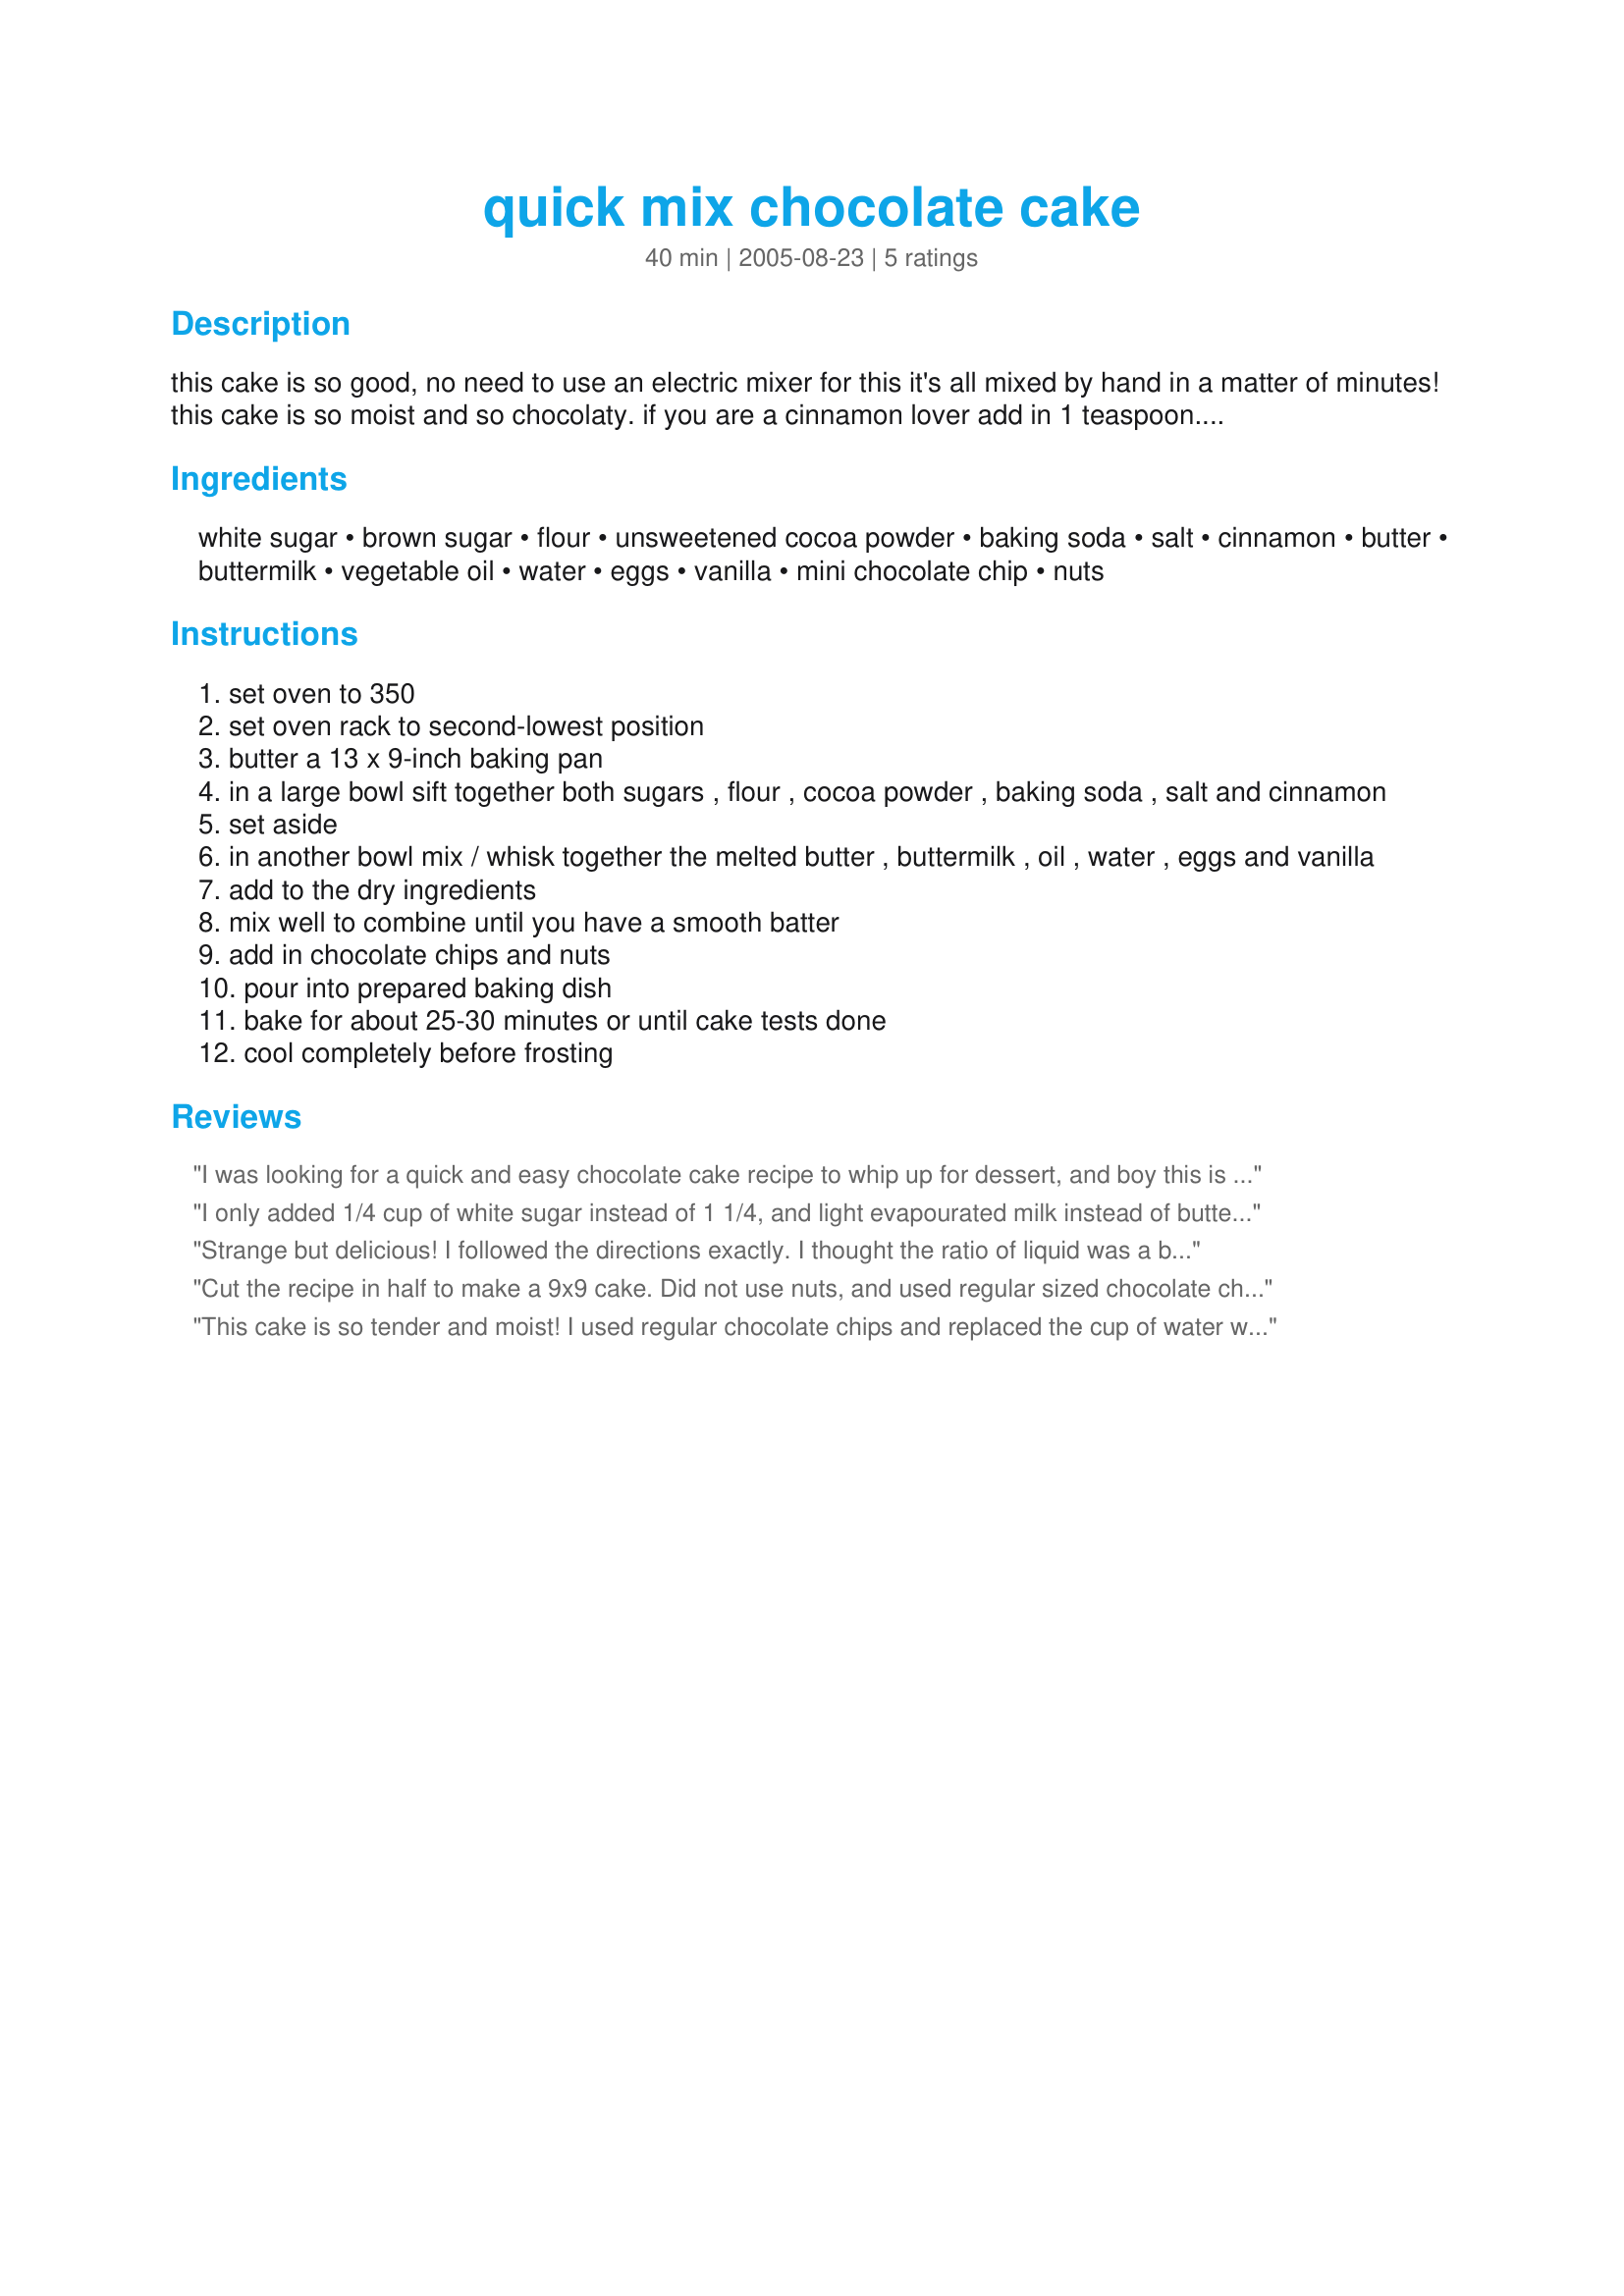
quick mix chocolate cake
Preparation time: 40 minutes

this cake is so good, no need to use an electric mixer for this it's all mixed by hand in a matter of minutes! this cake is so moist and so chocolaty. if you are a cinnamon lover add in 1 teaspoon. you will love the simplicity, texture and taste of this cake!

Ingredients:
white sugar, brown sugar, flour, unsweetened cocoa powder, baking soda, salt, cinnamon, butter, buttermilk, vegetable oil, water, eggs, vanilla, mini chocolate chip, nuts

Steps:
set oven to 350
set oven rack to second-lowest position
butter a 13 x 9-inch baking pan
in a large bowl sift together both sugars , flour , cocoa powder , baking soda , salt and cinnamon
set aside
in another bowl mix / whisk together the melted butter , buttermilk , oil , water , eggs and vanilla
add to the dry ingredients
mix well to combine until you have a smooth batter
add in chocolate chips and nuts
pour into prepared baking dish
bake for about 25-30 minutes or until cake tests done
cool completely before frosting

Reviews:
I was looking for a quick and easy chocolate cake recipe to whip up for dessert, and boy this is it. Like one of the earlier reviewers I halved the recipe and baked it in a 9x9 pan. I made a few changes, substituted unsweetened Applesauce for the oil, 1/2 cup of regular sized milk chocolate and peanut butter chips, and 1/2 cup of quick cooking oats. I baked it for about 25 minutes and it turned out spectacular. I will make this many times. thanks for the wonderful recipe.
I only added 1/4 cup of white sugar instead of 1 1/4, and light evapourated milk instead of buttermilk to lower the calories. It still tasted great, just not too sweet. I did add the nuts (almonds - chopped) and it tasted awesome!! It was a real hit.
Strange but delicious! I followed the directions exactly. I thought the ratio of liquid was a bit too high, but went out on a limb. My cake took about 45 minutes in our electric oven. It had a texture very similar to pudding cake and was really good warm. I didn't bother to ice it. Even cold, it is good--sort of a brownie like affair. Was sorry I didn't have any vanilla ice cream to go with it--had to make do with milk!!
Cut the recipe in half to make a 9x9 cake. Did not use nuts, and used regular sized chocolate chips. The cinnamon is a nice touch.
This cake is so tender and moist! I used regular chocolate chips and replaced the cup of water with coffee. I also needed to bake the cake for about 35 minutes. I used the icing from my recipe #55508. This is a keeper, Kit! My boys, hubby and I thank you so much.
